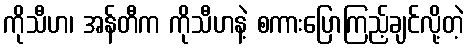
ကိုသီဟ၊ အန်တီက ကိုသီဟနဲ့ စကားပြောကြည့်ချင်လို့တဲ့